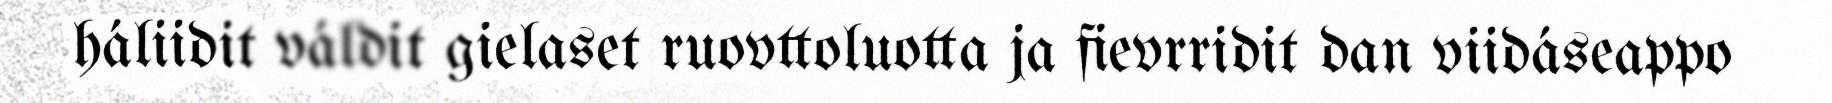
háliidit váldit gielaset ruovttoluotta ja fievrridit dan viidáseappo